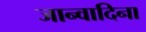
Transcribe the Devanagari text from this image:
जान्वादिना